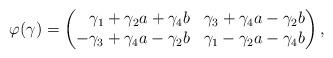
LaTeX: \begin{gather*}\varphi (\gamma) = \begin{pmatrix*}[r]\gamma_{1} +\gamma_{2}a+\gamma_{4}b & \gamma_{3} + \gamma_{4}a-\gamma_{2}b \\-\gamma_{3} + \gamma_{4}a-\gamma_{2}b & \gamma_{1}-\gamma_{2}a-\gamma_{4}b \end{pmatrix*}, \end{gather*}